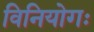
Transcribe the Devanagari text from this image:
विनियोगः